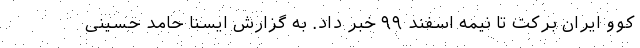
کوو ایران برکت تا نیمه اسفند ۹۹ خبر داد. به گزارش ایسنا حامد حسینی